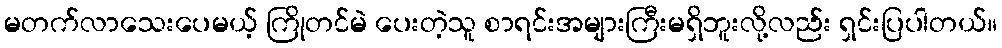
မတက်လာသေးပေမယ့် ကြိုတင်မဲ ပေးတဲ့သူ စာရင်းအများကြီးမရှိဘူးလို့လည်း ရှင်းပြပါတယ်။